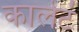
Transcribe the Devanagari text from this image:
कालेटं